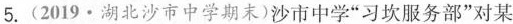
5.(2019·湖北沙市中学期末)沙市中学”习坎服务部”对某